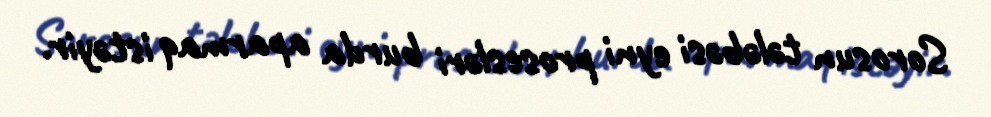
Sorosun tələbəsi eyni prosesləri burda aparmaq istəyir.